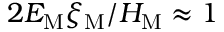
2 { \cal E } _ { \mathrm { M } } \xi _ { \mathrm { M } } / { \cal H } _ { \mathrm { M } } \approx 1